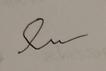
Signature authenticity: forged